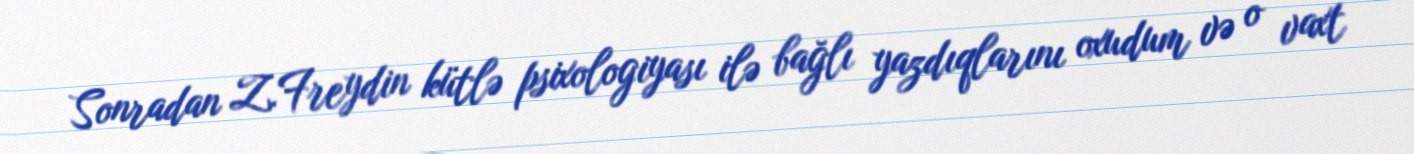
Sonradan Z.Freydin kütlə psixologiyası ilə bağlı yazdıqlarını oxudum və o vaxt